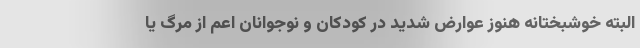
البته خوشبختانه هنوز عوارض شدید در کودکان و نوجوانان اعم از مرگ یا